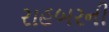
રાહબરની